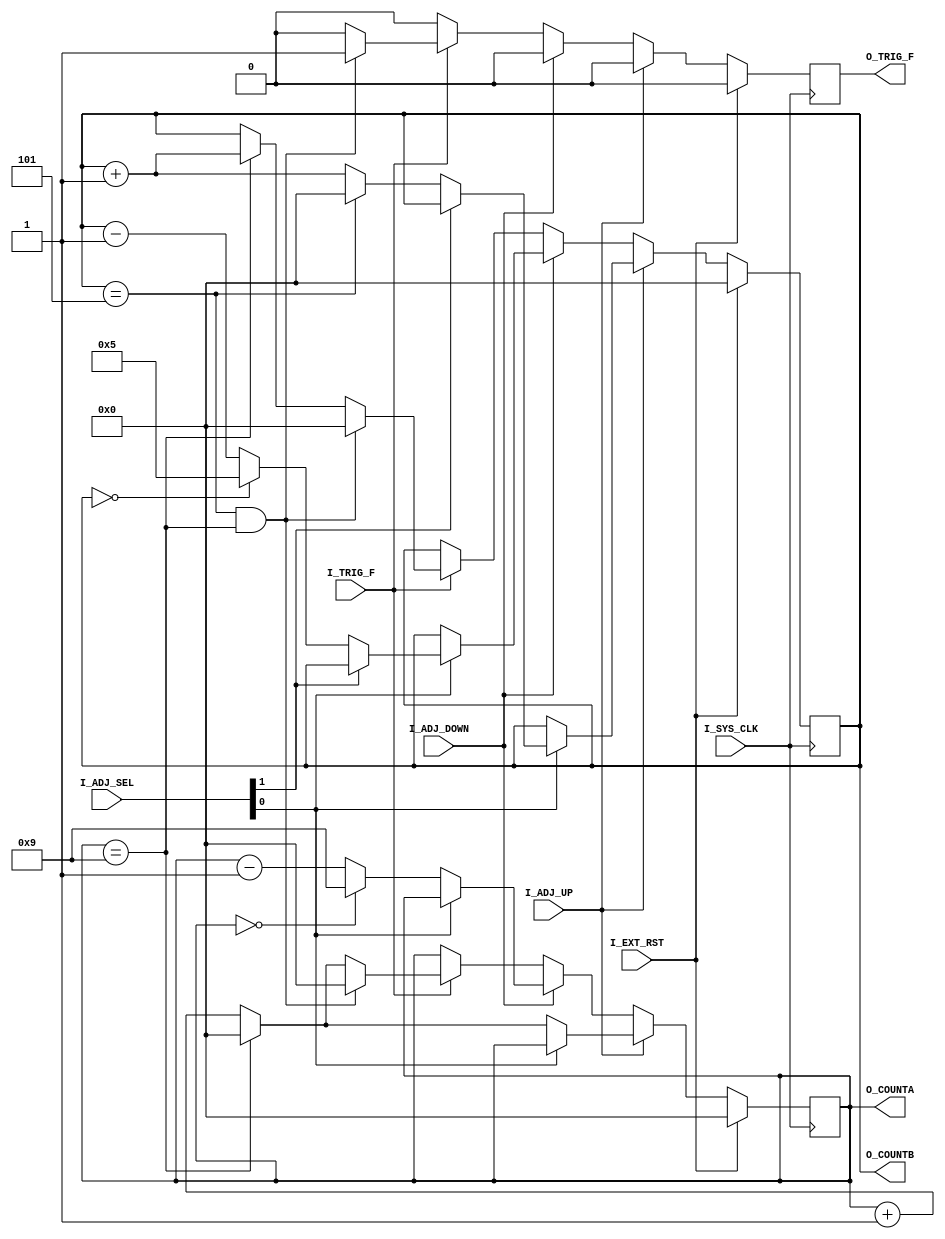
module dual_num_count
#(parameter PAR_COUNTA=9,
parameter   PAR_COUNTB=5
)
(
	input			 I_SYS_CLK,
	input			 I_EXT_RST,
	input			 I_ADJ_UP,
	input			 I_ADJ_DOWN,
	input	   [1:0] I_ADJ_SEL,
	input			 I_TRIG_F,
	output reg		 O_TRIG_F,
	output reg [3:0] O_COUNTA,
	output reg [3:0] O_COUNTB
);

always @ (posedge I_SYS_CLK)
	if (I_EXT_RST)
	begin
		O_COUNTA <= 0;
		O_COUNTB <= 0;
		O_TRIG_F <= 1'b0;
	end
	else
	begin
		O_TRIG_F <= 1'b0;
		if (I_ADJ_UP)
		begin
			if (!I_ADJ_SEL[0])
			begin
				if (O_COUNTA == PAR_COUNTA)
					O_COUNTA <= 0;
				else
					O_COUNTA <= O_COUNTA + 1;
			end
			else if (!I_ADJ_SEL[1])
				begin
					if (O_COUNTB == PAR_COUNTB)
						O_COUNTB <= 0;
					else
						O_COUNTB <= O_COUNTB + 1;
				end
		end	
		else if (I_ADJ_DOWN)
		begin
				if (!I_ADJ_SEL[0])
				begin
					if (O_COUNTA == 0)
						O_COUNTA <= PAR_COUNTA;
					else
						O_COUNTA <= O_COUNTA - 1;
				end
				else if (!I_ADJ_SEL[1])
				begin
					if (O_COUNTB == 0)
						O_COUNTB <= PAR_COUNTB;
					else
						O_COUNTB <= O_COUNTB - 1;
				end			
		end
		else if (I_TRIG_F)
		begin
			if ((O_COUNTB == PAR_COUNTB) && (O_COUNTA == PAR_COUNTA))
			begin
				O_COUNTA <= 4'd0;
				O_COUNTB <= 0;
				O_TRIG_F <= 1'b1;
			end
			else
			begin
				if (O_COUNTA == 9)
				begin
					O_COUNTA <= 4'd0;
					O_COUNTB <= O_COUNTB + 1;
				end
				else
					O_COUNTA <= O_COUNTA + 1;
			end
		end
	end
endmodule